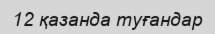
12 қазанда туғандар